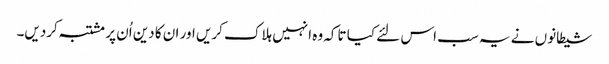
شیطانوں نے یہ سب اس لئے کیا تاکہ وہ انہیں ہلاک کریں اور ان کا دین اُن پر مشتبہ کردیں۔